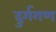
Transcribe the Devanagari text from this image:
दुर्गगण